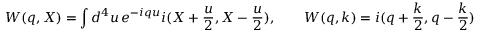
\c W ( q , X ) = \int d ^ { 4 } u \, e ^ { - i q u } i \c G ( X + \frac u 2 , X - \frac u 2 ) , \qquad \c W ( q , k ) = i \c G ( q + \frac k 2 , q - \frac k 2 )